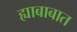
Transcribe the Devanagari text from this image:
ह्याबाबात